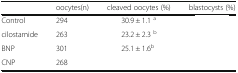
<table><thead><tr><td>[EMPTY_CELL]</td><td><b>oocytes(n)</b></td><td><b>cleaved oocytes (%)</b></td><td><b>blastocysts (%)</b></td></tr></thead><tbody><tr><td>Control</td><td>294</td><td>30.9 ± 1.1 <sup>a</sup></td><td>[EMPTY_CELL]</td></tr><tr><td>cilostamide</td><td>263</td><td>23.2 ± 2.3 <sup>b</sup></td><td>[EMPTY_CELL]</td></tr><tr><td>BNP</td><td>301</td><td>25.1 ± 1.6<sup>b</sup></td><td>[EMPTY_CELL]</td></tr><tr><td>CNP</td><td>268</td><td>[EMPTY_CELL]</td><td>[EMPTY_CELL]</td></tr></tbody></table>